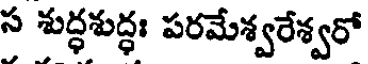
స శుద్ధశుద్ధః పరమేశ్వరేశ్వరో